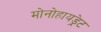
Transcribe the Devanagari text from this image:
मोनोहायड्रेट